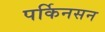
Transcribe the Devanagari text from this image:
पर्किनसन